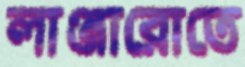
লাঞ্জারোতে